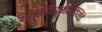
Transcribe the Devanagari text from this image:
थ्रेस्किऑर्निथिडे